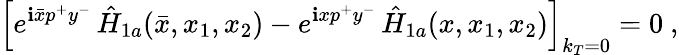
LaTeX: \left[e^{\mathbf{i}\bar{{x}}p^{+}y^{-}}\, \hat{{H}}_{1a}(\bar{{x}},x_{1},x_{2})-e^{\mathbf{i}xp^{+}y^{-}}\, \hat{{H}}_{1a}(x,x_{1},x_{2})\right]_{k_{T}=0}=0\ ,